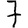
Digit: 7